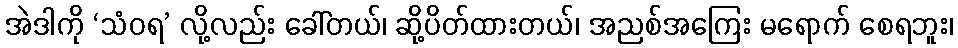
အဲဒါကို ‘သံဝရ’ လို့လည်း ခေါ်တယ်၊ ဆို့ပိတ်ထားတယ်၊ အညစ်အကြေး မရောက် စေရဘူး၊